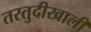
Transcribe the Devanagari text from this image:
तरतुदीखाली